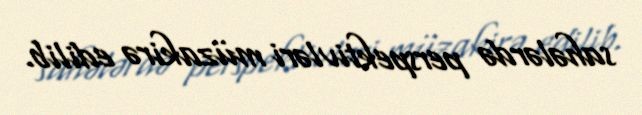
sahələrdə perspektivləri müzakirə edilib.